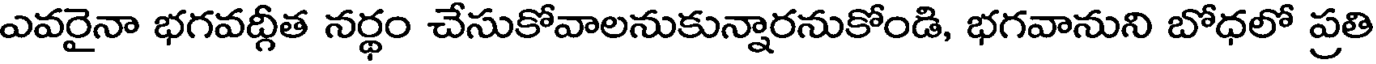
ఎవరైనా భగవద్గీత నర్థం చేసుకోవాలనుకున్నారనుకోండి, భగవానుని బోధలో ప్రతి